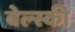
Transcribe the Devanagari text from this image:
बेल्स्की